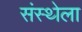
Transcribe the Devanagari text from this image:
संस्‍थ्‍ोला